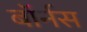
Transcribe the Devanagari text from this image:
बॉर्नस